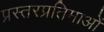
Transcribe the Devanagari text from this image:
प्रस्तरप्रतिमाओं